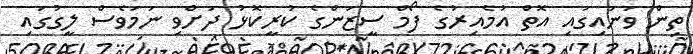
ތިން ވަނައިގައި އޮތް އުމެއިރުގެ ފޯމް ސީޒަންގެ ކުރީކޮޅު ދަށްވި ނަމަވެސް ލީގުގައި